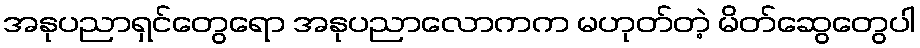
အနုပညာရှင်တွေရော အနုပညာလောကက မဟုတ်တဲ့ မိတ်ဆွေတွေပါ